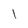
Character: l